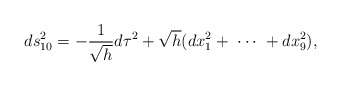
\begin{align*}ds^2_{10} = - \frac{1}{\sqrt{h}} d \tau^2 + \sqrt{h} (dx_1^2 + \ \cdots \ + dx_9^2 ),\end{align*}